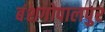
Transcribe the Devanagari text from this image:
बंशगोपालपुर